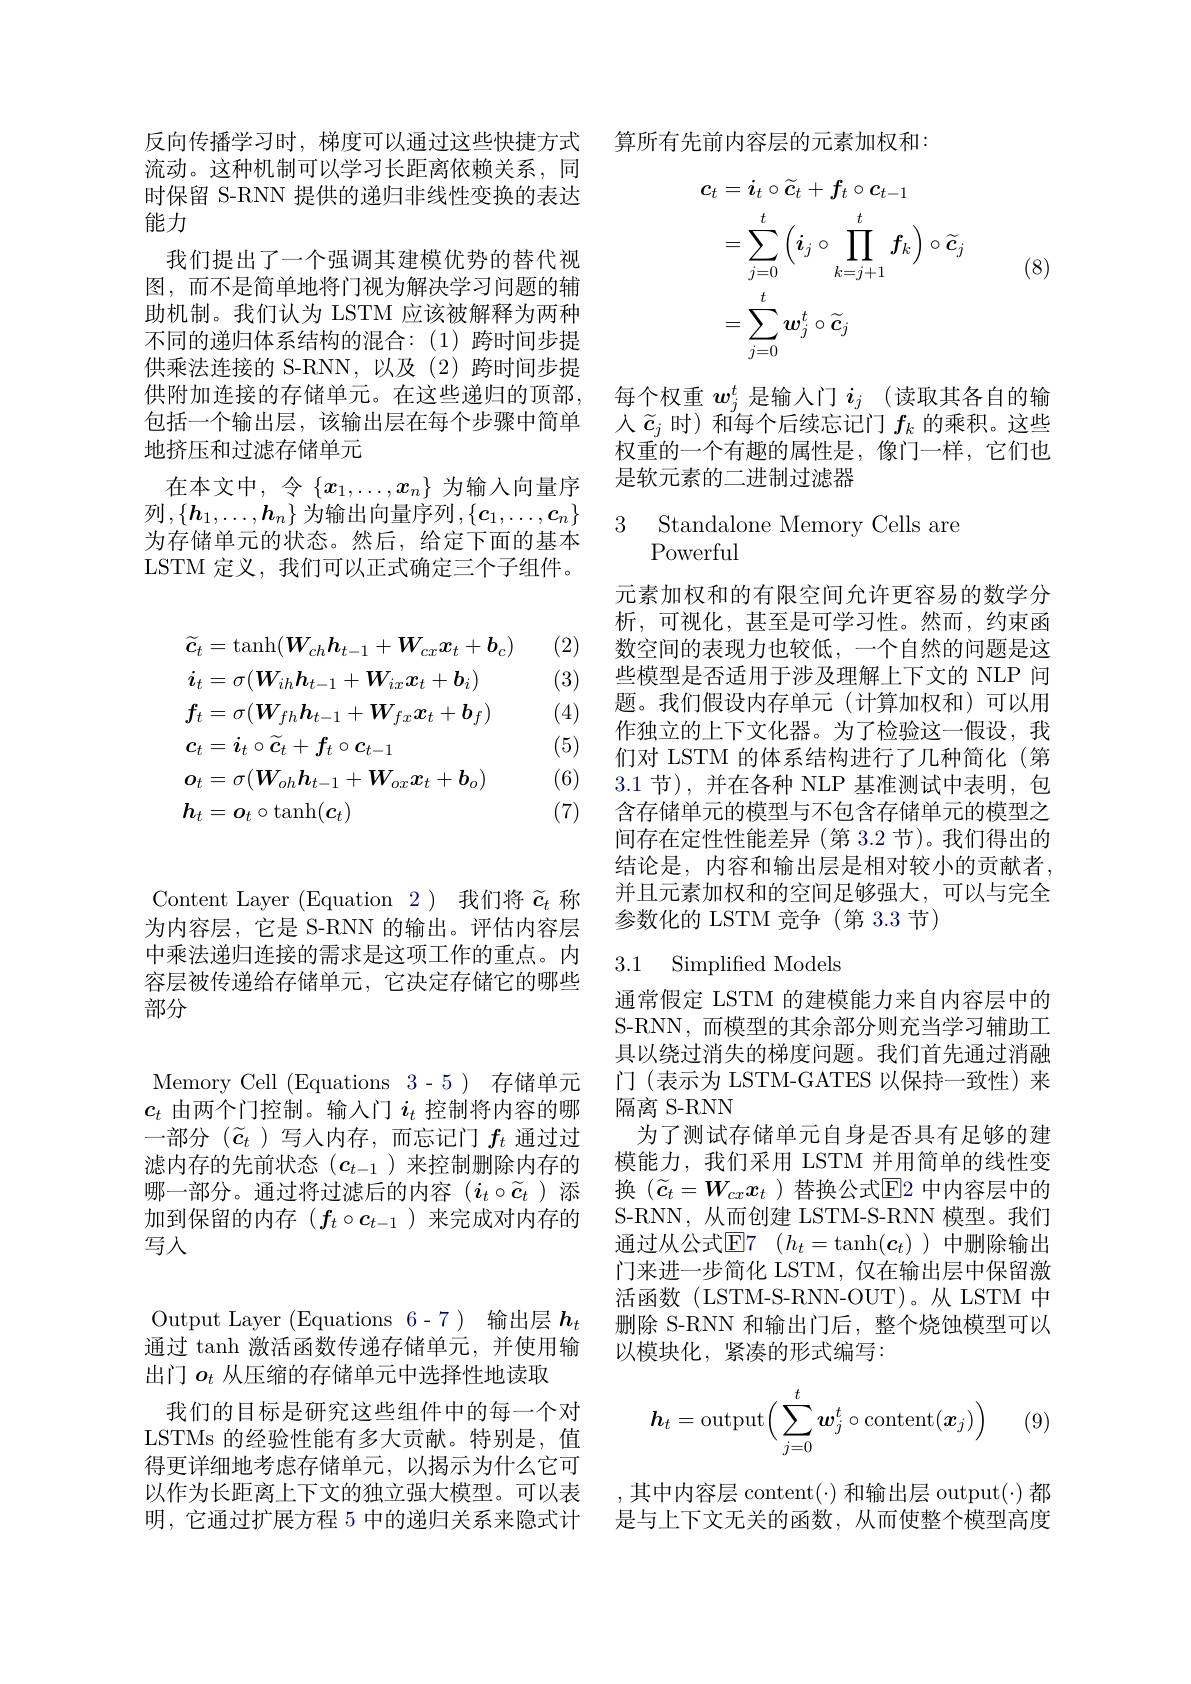
Content Layer (Equation 2) 我们将$\widetilde{c}_t$称为内容层，它是 S-RNN 的输出。评估内容层中乘法递归连接的需求是这项工作的重点。内容层被传递给存储单元，它决定存储它的哪些部分

Memory Cell (Equations 3-5) 存储单元 门(表示为 LSTM-GATES 以保持一致性)来
$c_t$由两个门控制。输入门$i_t$控制将内容的哪 隔离 S-RNN
一部分($\widetilde{c}_t$ )写人内存，而忘记门$f_t$通过过 为了测试存储单元自身是否具有足够的建滤内存的先前状态$(c_{t-1}$ )来控制删除内存的 模能力，我们采用 LSTM 并用简单的线性变哪一部分。通过将过滤后的内容$(i_t\circ\widetilde{c}_t$ )添 换$(\widetilde{c}_t=W_{cx}x_t$ )替换公式回2 中内容层中的加到保留的内存$(f_t\circ c_{t-1}$ )来完成对内存的 S-RNN, 从而创建 LSTM-S-RNN 模型。我们写人

Output Layer (Equations 6-7) 输出层$h_t$ 通过 tanh 激活函数传递存储单元，并使用输出门$o_t$从压缩的存储单元中选择性地读取
我们的目标是研究这些组件中的每一个对LSTMs 的经验性能有多大贡献。特别是，值得更详细地考虑存储单元，以揭示为什么它可以作为长距离上下文的独立强大模型。可以表明，它通过扩展方程 5 中的递归关系来隐式计

流动。这种机制可以学习长距离依赖关系，同时保留 S-RNN 提供的递归非线性变换的表达能力
我们提出了一个强调其建模优势的替代视图，而不是简单地将门视为解决学习问题的辅助机制。我们认为 LSTM 应该被解释为两种不同的递归体系结构的混合：(1)跨时间步提供乘法连接的 S-RNN,以及(2)跨时间步提供附加连接的存储单元。在这些递归的顶部， 包括一个输出层，该输出层在每个步骤中简单地挤压和过滤存储单元
在本文中，令$\{x_1,\ldots,x_n\}$为输入向量序列$,\{\boldsymbol{h}_1,\ldots,\boldsymbol{h}_n\}$ 为输出向量序列$,\{\boldsymbol c_1,\ldots,\boldsymbol{c}_n\}$ 为存储单元的状态。然后，给定下面的基本LSTM 定义，我们可以正式确定三个子组件。

(2)

(3)

(4)
$$\begin{aligned}&\widetilde{\boldsymbol{c}}_{t}=\mathrm{tanh}(\boldsymbol{W}_{ch}\boldsymbol{h}_{t-1}+\boldsymbol{W}_{cx}\boldsymbol{x}_{t}+\boldsymbol{b}_{c})\\&\boldsymbol{i}_{t}=\sigma(\boldsymbol{W}_{ih}\boldsymbol{h}_{t-1}+\boldsymbol{W}_{ix}\boldsymbol{x}_{t}+\boldsymbol{b}_{i})\\&\boldsymbol{f}_{t}=\sigma(\boldsymbol{W}_{fh}\boldsymbol{h}_{t-1}+\boldsymbol{W}_{fx}\boldsymbol{x}_{t}+\boldsymbol{b}_{f})\\&\boldsymbol{c}_{t}=\boldsymbol{i}_{t}\circ\widetilde{\boldsymbol{c}}_{t}+\boldsymbol{f}_{t}\circ\boldsymbol{c}_{t-1}\\&\boldsymbol{o}_{t}=\sigma(\boldsymbol{W}_{oh}\boldsymbol{h}_{t-1}+\boldsymbol{W}_{ox}\boldsymbol{x}_{t}+\boldsymbol{b}_{o})\\&\boldsymbol{h}_{t}=\boldsymbol{o}_{t}\circ\mathrm{tanh}(\boldsymbol{c}_{t})\end{aligned}$$
(5)

(6)

(7)

反向传播学习时，梯度可以通过这些快捷方式 算所有先前内容层的元素加权和：

(8)
$$\begin{aligned}\boldsymbol{c}_{t}&=\boldsymbol{i}_{t}\circ\widetilde{\boldsymbol{c}}_{t}+\boldsymbol{f}_{t}\circ\boldsymbol{c}_{t-1}\\&=\sum_{j=0}^t\left(\boldsymbol{i}_j\circ\prod_{k=j+1}^t\boldsymbol{f}_k\right)\circ\widetilde{\boldsymbol{c}}_j\\&=\sum_{j=0}^t\boldsymbol{w}_j^t\circ\widetilde{\boldsymbol{c}}_j\end{aligned}$$
每个权重$w_j^t$是输入门$i_j$ (读取其各自的输人$\widetilde{c}_j$时) 和每个后续忘记门$f_k$的乘积。这些权重的一个有趣的属性是，像门一样，它们也是软元素的二进制过滤器

3 Standalone Memory Cells are
Powerful

元素加权和的有限空间允许更容易的数学分析，可视化，甚至是可学习性。然而，约束函数空间的表现力也较低，一个自然的问题是这些模型是否适用于涉及理解上下文的 NLP 问题。我们假设内存单元(计算加权和)可以用作独立的上下文化器。为了检验这一假设，我们对 LSTM 的体系结构进行了几种简化(第3.1 节),并在各种 NLP 基准测试中表明，包含存储单元的模型与不包含存储单元的模型之间存在定性性能差异(第 3.2 节)。我们得出的结论是，内容和输出层是相对较小的贡献者， 并且元素加权和的空间足够强大，可以与完全参数化的 LSTM 竞争(第 3.3 节)

### 3.1 Simplified Models

通常假定 LSTM 的建模能力来自内容层中的S-RNN,而模型的其余部分则充当学习辅助工具以绕过消失的梯度问题。我们首先通过消融通过从公式$\mathbb{E} 7$ $( h_t= \tanh ( \boldsymbol{c}_t)$ )中删除输出门来进一步简化 LSTM, 仅在输出层中保留激活函数(LSTM-S-RNN-OUT)。从LSTM 中删除 S-RNN 和输出门后，整个烧蚀模型可以以模块化，紧凑的形式编写：
$$\boldsymbol{h}_t=\mathrm{output}\Big(\sum_{j=0}^t\boldsymbol{w}_j^t\circ\mathrm{content}(\boldsymbol{x}_j)\Big)$$
(9)

,其中内容层 content(·)和输出层 output(·)都是与上下文无关的函数，从而使整个模型高度